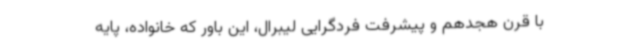
با قرن هجدهم و پیشرفت فردگرایی لیبرال، این باور که خانواده، پایه